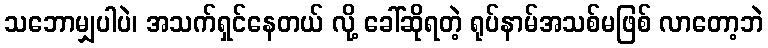
သဘောမျှပါပဲ၊ အသက်ရှင်နေတယ် လို့ ခေါ်ဆိုရတဲ့ ရုပ်နာမ်အသစ်မဖြစ် လာတော့ဘဲ